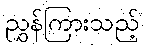
ညွှန်ကြားသည့်